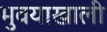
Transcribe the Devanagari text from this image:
भुवयाखाली